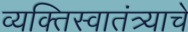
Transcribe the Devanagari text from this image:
व्यक्तिस्वातंत्र्याचे